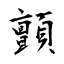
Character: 顫